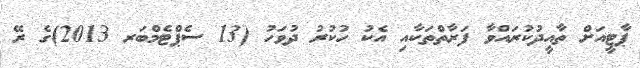
ޕާޓީއަށް ތާއީދުކުރައްވާ ފަރާތްތަކާއި އެކު ހުކުރު ދުވަހު (13 ސެޕްޓެމްބަރ 2013)ގެ ރޭ